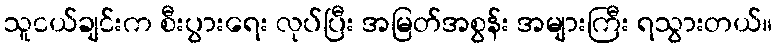
သူငယ်ချင်းက စီးပွားရေး လုပ်ပြီး အမြတ်အစွန်း အများကြီး ရသွားတယ်။